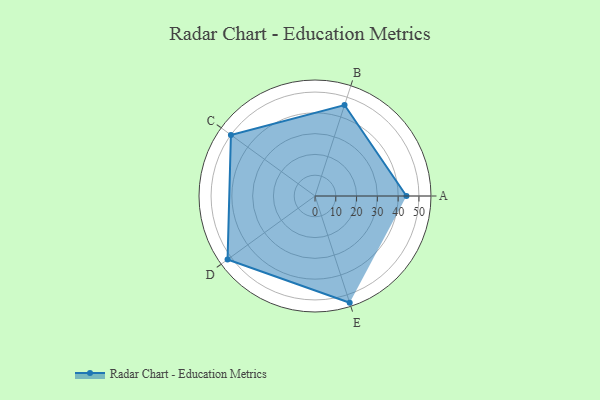
{"axis": {"x": "Skill", "y": "Score"}, "legend": ["Profile"], "data": [{"x": "A", "y": 44.0, "type": "Profile"}, {"x": "B", "y": 46.0, "type": "Profile"}, {"x": "C", "y": 50.0, "type": "Profile"}, {"x": "D", "y": 52.0, "type": "Profile"}, {"x": "E", "y": 54.0, "type": "Profile"}]}